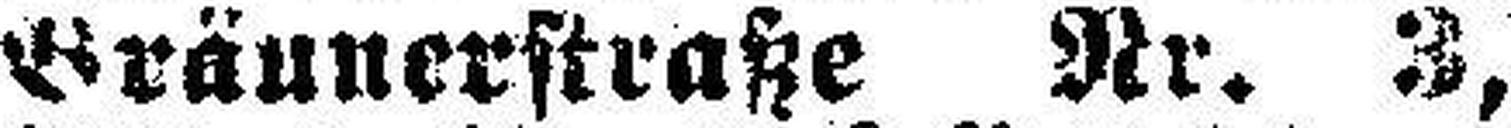
Bräunerstraße Nr. 3,